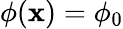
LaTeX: \phi(\mathbf{x})=\phi_{0}